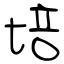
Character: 培